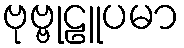
ဗုဗ္ဗုဠူပမာ